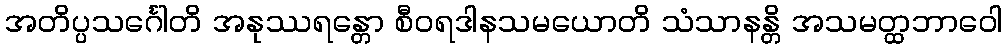
အတိပ္ပသင်္ဂေါတိ အနုဿရန္တော စီဝရဒါနသမယောတိ သံသာနန္တိ အသမတ္ထဘာဝေါ